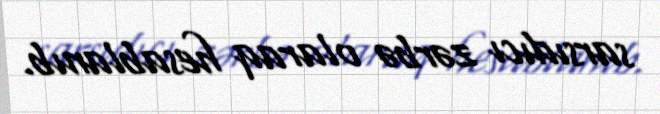
sarsıdıcı zərbə olaraq hesablanıb.